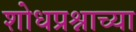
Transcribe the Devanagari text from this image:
शोधप्रश्नाच्या